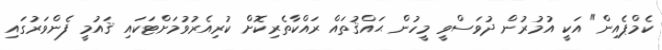
ކެމްޕެއިން" އަކީ އުމުރުން ދުވަސްވީ މީހުން ޙައްޤުތައް ރައްކާތެރިކޮށް ކުރިއެރުވުމަށްޓަކައި ޤައުމީ ފެންވަރުގައި